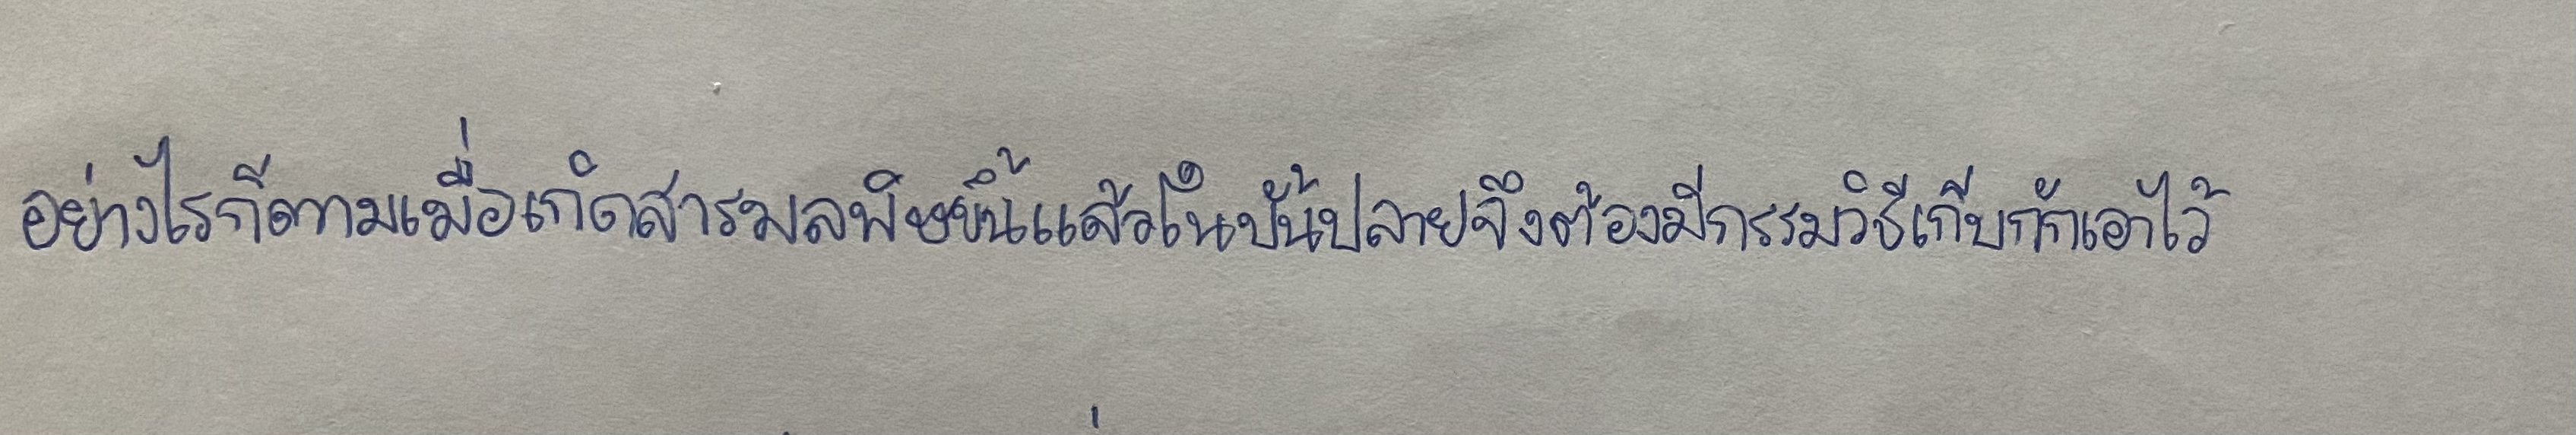
อย่างไรก็ตามเมื่อเกิดสารมลพิษขึ้นแล้วในบั้นปลายจึงต้องมีกรรมวิธีเก็บกักเอาไว้